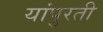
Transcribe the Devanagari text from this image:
यांपुरती